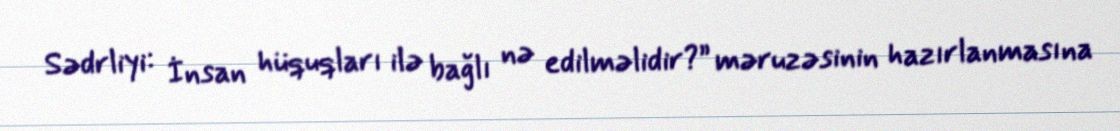
Sədrliyi: İnsan hüquqları ilə bağlı nə edilməlidir?” məruzəsinin hazırlanmasına